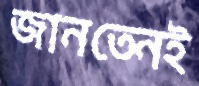
জানতেনই